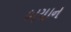
બયાન